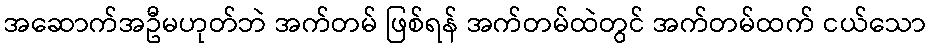
အဆောက်အဦမဟုတ်ဘဲ အက်တမ် ဖြစ်ရန် အက်တမ်ထဲတွင် အက်တမ်ထက် ငယ်သော